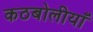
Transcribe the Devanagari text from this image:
कठबोलीयाँ